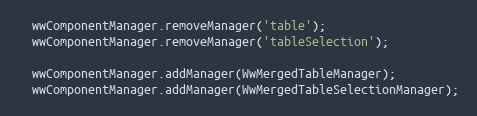
Language: JavaScript
  wwComponentManager.removeManager('table');
  wwComponentManager.removeManager('tableSelection');

  wwComponentManager.addManager(WwMergedTableManager);
  wwComponentManager.addManager(WwMergedTableSelectionManager);